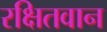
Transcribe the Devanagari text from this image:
रक्षितवान